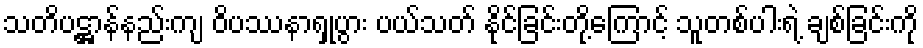
သတိပဋ္ဌာန်နည်းကျ ဝိပဿနာရှုပွား ပယ်သတ် နိုင်ခြင်းတို့ကြောင့် သူတစ်ပါးရဲ့ ချစ်ခြင်းကို